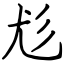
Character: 尨